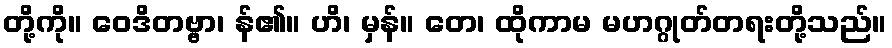
တို့ကို။ ဝေဒိတဗ္ဗာ၊ န်၏။ ဟိ၊ မှန်။ တေ၊ ထိုကာမ မဟဂ္ဂုတ်တရးတို့သည်။